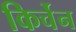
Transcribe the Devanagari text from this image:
किर्चेन